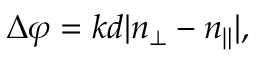
\Delta \varphi = k d | n _ { \bot } - n _ { \| } | ,